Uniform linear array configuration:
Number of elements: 24
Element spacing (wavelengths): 0.75
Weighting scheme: hamming
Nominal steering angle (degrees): -30
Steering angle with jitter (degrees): -31.366
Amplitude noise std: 0.05
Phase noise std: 0.05

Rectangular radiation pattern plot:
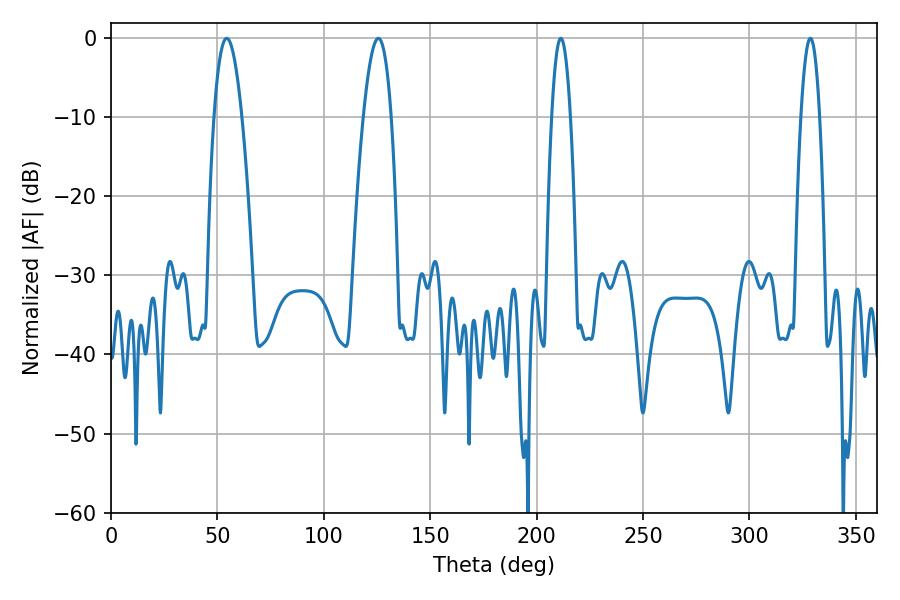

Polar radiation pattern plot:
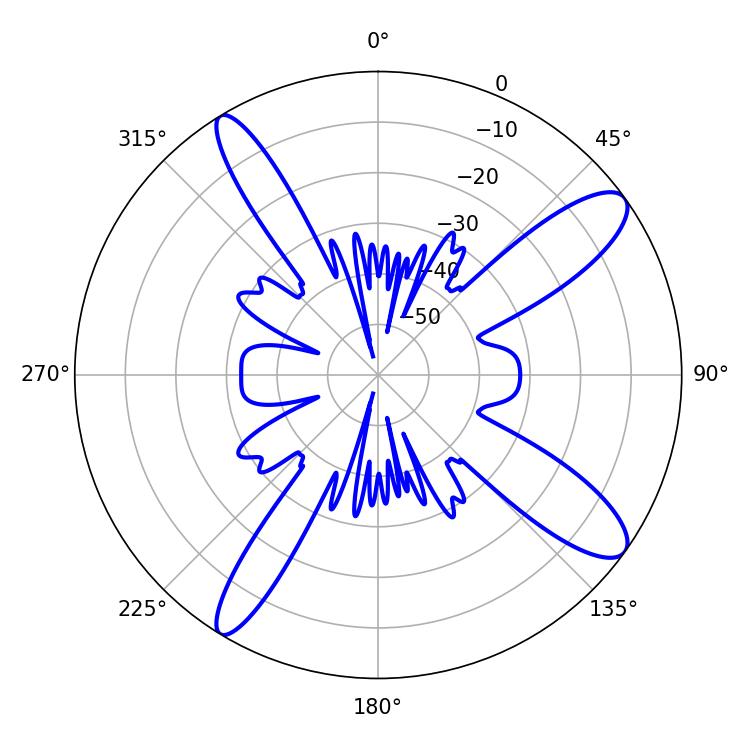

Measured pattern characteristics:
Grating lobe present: TRUE
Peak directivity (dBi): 12.037
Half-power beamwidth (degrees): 7.2
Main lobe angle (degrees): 54.36